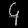
Digit: ၄